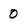
Character: 0